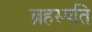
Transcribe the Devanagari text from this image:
ब्रहस्पति